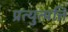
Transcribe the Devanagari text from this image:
प्रत्युत्पत्ति